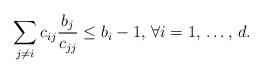
\begin{align*}\sum\limits_{j\ne i} c_{ij}\frac{b_{j}}{c_{jj}} \le b_{i}-1,\thinspace \forall i=1,\thinspace \mathellipsis ,\thinspace d.\end{align*}